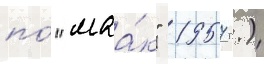
по́ "маа́к" 1957 г.)